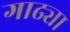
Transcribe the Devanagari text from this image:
गाढ्या